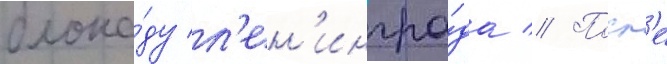
блока́ду л'ен'ингра́да // Посл'е